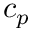
c _ { p }